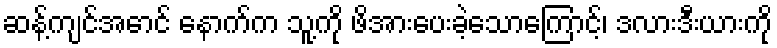
ဆန့်ကျင်အောင် နောက်က သူ့ကို ဖိအားပေးခဲ့သောကြောင့်၊ ဒလားဒီးယားကို